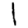
Digit: 1